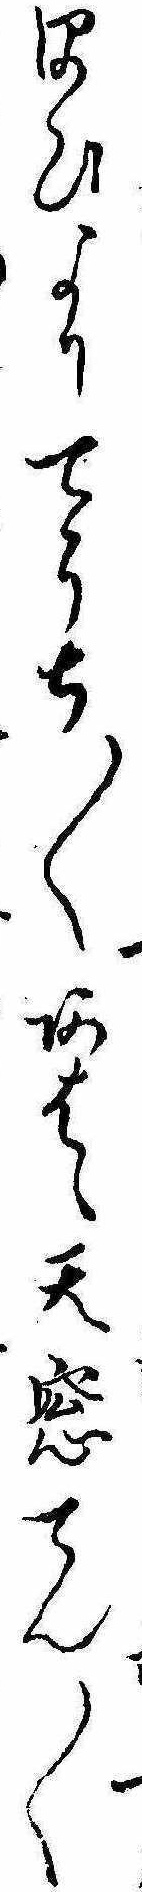
ほひよりてうち〱あはゝ天窓てん〱